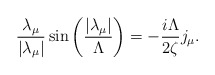
\begin{align*}\frac{\lambda_\mu}{\left|\lambda_\mu\right|}\sin\left(\frac{\left|\lambda_\mu\right|}{\Lambda}\right)=-\frac{i\Lambda}{2\zeta} j_\mu.\end{align*}